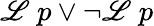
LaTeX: \mathscr{L}\; p\lor\lnot\mathscr{L}\; p